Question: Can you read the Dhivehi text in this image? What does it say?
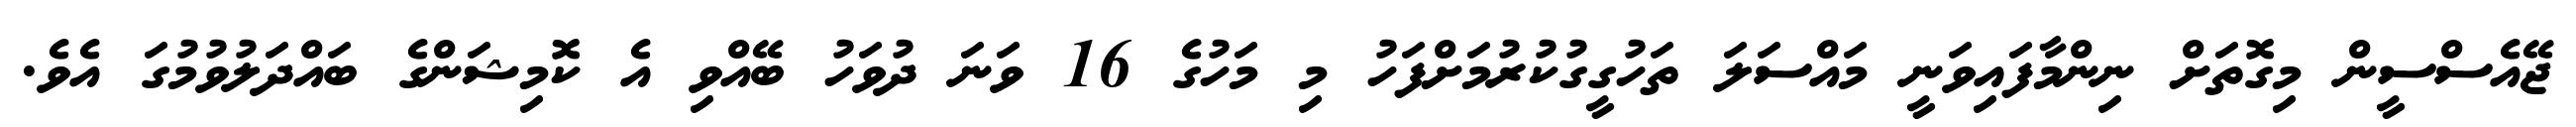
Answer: ޖޭއެސްސީން މިގޮތަށް ނިންމާފައިވަނީ މައްސަލަ ތަހުގީގުކުރުމަށްފަހު މި މަހުގެ 16 ވަނަ ދުވަހު ބޭއްވި އެ ކޮމިޝަންގެ ބައްދަލުވުމުގަ އެވެ.